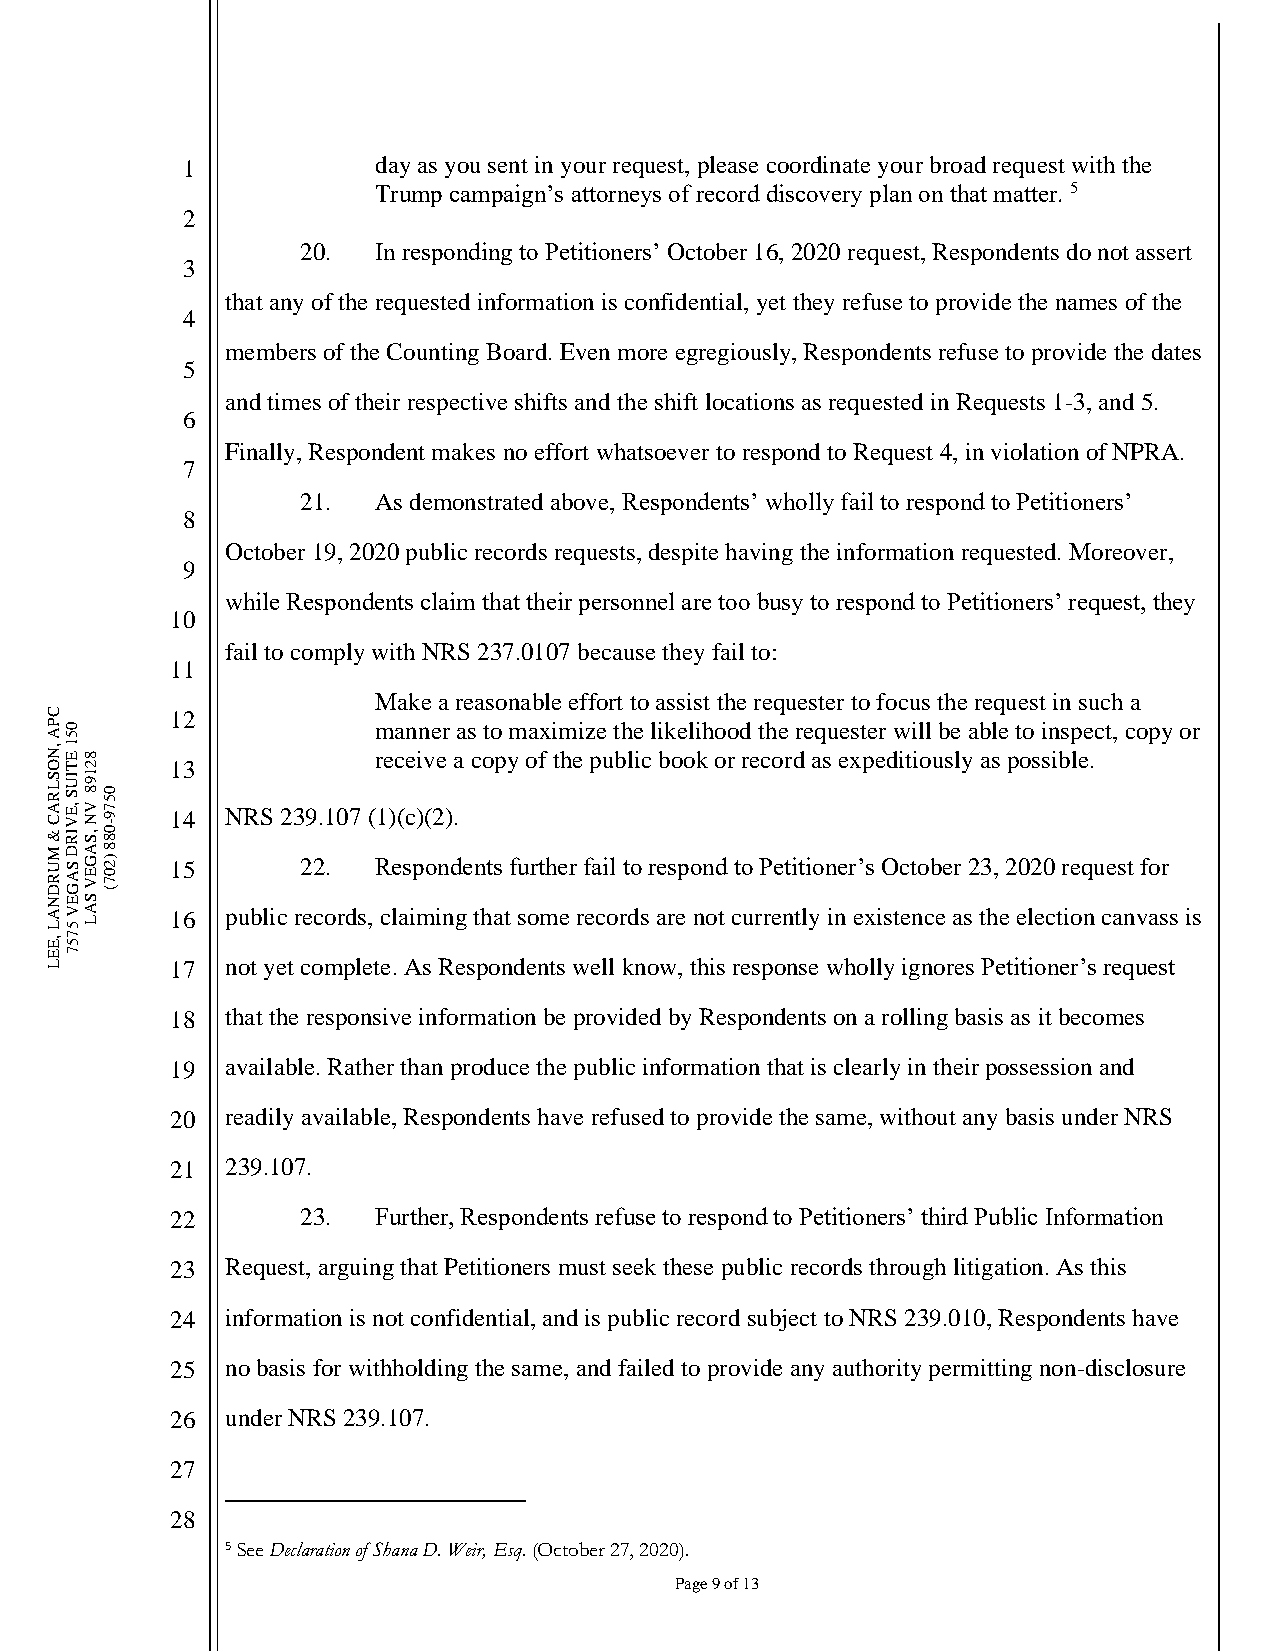
1            day as you sent in your request, please coordinate your broad request with the
 Trump campaign’s attorneys of record discovery plan on that matter. 5
 2
 20.  In responding to Petitioners’ October 16, 2020 request, Respondents do not assert
 3
 that any of the requested information is confidential, yet they refuse to provide the names of the
 4
 members of the Counting Board. Even more egregiously, Respondents refuse to provide the dates
 5
 and times of their respective shifts and the shift locations as requested in Requests 1-3, and 5.
 6
 Finally, Respondent makes no effort whatsoever to respond to Request 4, in violation of NPRA.
 7
 21.  As demonstrated above, Respondents’ wholly fail to respond to Petitioners’
 8
 October 19, 2020 public records requests, despite having the information requested. Moreover,
 9
 while Respondents claim that their personnel are too busy to respond to Petitioners’ request, they
 10
 fail to comply with NRS 237.0107 because they fail to:
 11
 Make a reasonable effort to assist the requester to focus the request in such a
 C       12
 P A0
 5
 manner as to maximize the likelihood the requester will be able to inspect, copy or
 ,N1
 E8                   receive a copy of the public book or record as expeditiously as possible.
 OT2     13
 S L R
 A C
 &IU S
 ,E V
 IR1 9 8
 V N ,S0
 80 5
 7 9 - 14 NRS 239.107 ( 1)(c)(2).
 M
 U R D
 ND
 S A G
 EA
 G E V
 S8
 )2 0 7 ( 15  22.  Respondents further fail to respond to Petitioner’s October 23, 2020 request for
 A LV 5A L 16 public records, claiming that some records are not currently in existence as the election canvass is
 ,E7
 5
 E7
 L       17  not yet complete. As Respondents well know, this response wholly ignores Petitioner’s request
 18  that the responsive information be provided by Respondents on a rolling basis as it becomes
 19  available. Rather than produce the public information that is clearly in their possession and
 20  readily available, Respondents have refused to provide the same, without any basis under NRS
 21  239.107.
 22       23.  Further, Respondents refuse to respond to Petitioners’ third Public Information
 23  Request, arguing that Petitioners must seek these public records through litigation. As this
 24  information is not confidential, and is public record subject to NRS 239.010, Respondents have
 25  no basis for withholding the same, and failed to provide any authority permitting non-disclosure
 26  under NRS 239.107.
 27
 28
 5 See Declaration of Shana D. Weir, Esq. (October 27, 2020).
 Page 9 of 13